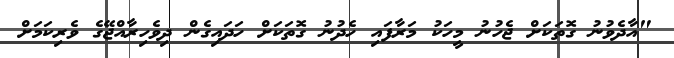
"އާދެވުނު ގޮތަކަށް ޖެހުނު މީހަކު މަރާފައި ހެދުނު ގޮތަކަށް ހަދައިގެން ދިވެހިރާއްޖޭގެ ވެރިކަމަށް